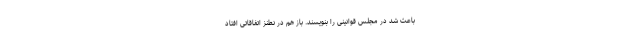
باعث شد در مجلس قوانینی را بنویسند. باز هم در نطنز اتفاقاتی افتاد